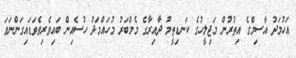
އަހުމަދު އާސިމްގެ އިތުރުން މަޖިލީހުގެ ކަނޑިތީމު ދާއިރާގެ މެމްބަރު މުހައްމަދު ހުސެއިން ބައިވެރިވެވަޑައިގަންނަވަ